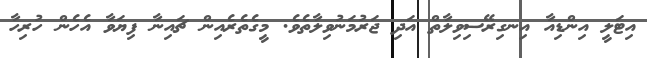
އިޓަލީ އިންޑިއާ އިނގިރޭސިވިލާތް އަދި ޖަރުމަނުވިލާތެވެ. މީގެތެރެއިން ޗައިނާ ފިޔަވާ އެހެން ހުރިހާ